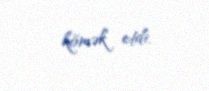
kömək etdi.